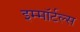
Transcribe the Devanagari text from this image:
इम्माॅर्टल्स